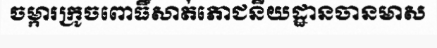
ចម្ការក្រូចពោធិ៍សាត់ភោជនីយដ្ឋានចានមាស